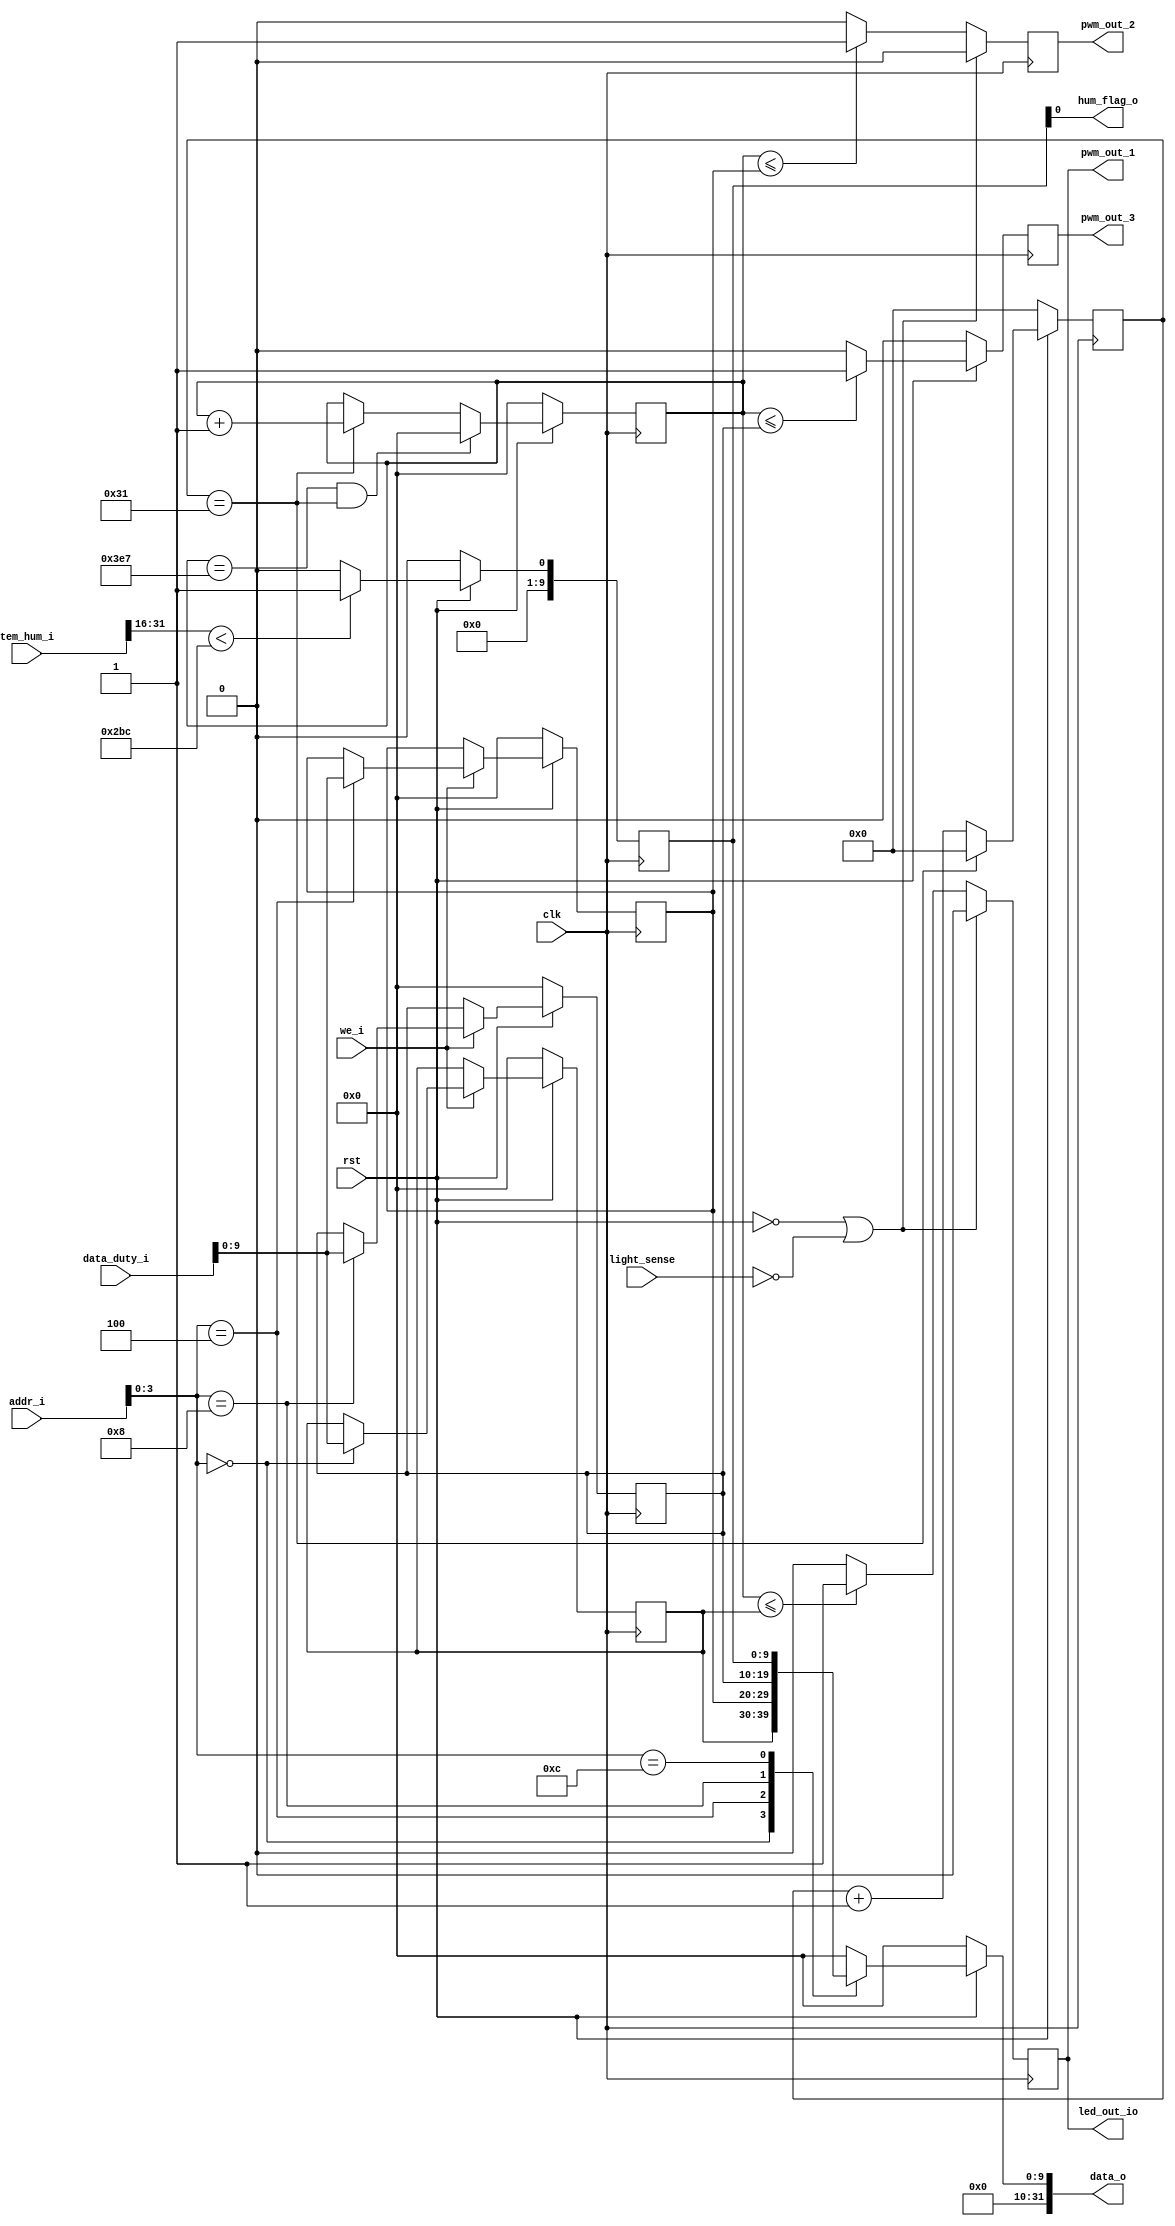
 /*                                                                      
	Created by wangsijia 2021/10/14                                        
 */
 
//`include "../core/defines.v"
 `define CpuResetAddr 32'h0

`define RstEnable 1'b0
`define RstDisable 1'b1
`define ZeroWord 32'h0
`define ZeroReg 5'h0
`define WriteEnable 1'b1
`define WriteDisable 1'b0
`define ReadEnable 1'b1
`define ReadDisable 1'b0
`define True 1'b1
`define False 1'b0
`define ChipEnable 1'b1
`define ChipDisable 1'b0
`define JumpEnable 1'b1
`define JumpDisable 1'b0
`define DivResultNotReady 1'b0
`define DivResultReady 1'b1
`define DivStart 1'b1
`define DivStop 1'b0
`define HoldEnable 1'b1
`define HoldDisable 1'b0
`define Stop 1'b1
`define NoStop 1'b0
`define RIB_ACK 1'b1
`define RIB_NACK 1'b0
`define RIB_REQ 1'b1
`define RIB_NREQ 1'b0
`define INT_ASSERT 1'b1
`define INT_DEASSERT 1'b0

`define INT_BUS 7:0
`define INT_NONE 8'h0
`define INT_RET 8'hff
`define INT_TIMER0 8'b00000001
`define INT_TIMER0_ENTRY_ADDR 32'h4

`define Hold_Flag_Bus   2:0
`define Hold_None 3'b000
`define Hold_Pc   3'b001
`define Hold_If   3'b010
`define Hold_Id   3'b011

// I type inst
`define INST_TYPE_I 7'b0010011
`define INST_ADDI   3'b000
`define INST_SLTI   3'b010
`define INST_SLTIU  3'b011
`define INST_XORI   3'b100
`define INST_ORI    3'b110
`define INST_ANDI   3'b111
`define INST_SLLI   3'b001
`define INST_SRI    3'b101

// L type inst
`define INST_TYPE_L 7'b0000011
`define INST_LB     3'b000
`define INST_LH     3'b001
`define INST_LW     3'b010
`define INST_LBU    3'b100
`define INST_LHU    3'b101

// S type inst
`define INST_TYPE_S 7'b0100011
`define INST_SB     3'b000
`define INST_SH     3'b001
`define INST_SW     3'b010

// R and M type inst
`define INST_TYPE_R_M 7'b0110011
// R type inst
`define INST_ADD_SUB 3'b000
`define INST_SLL    3'b001
`define INST_SLT    3'b010
`define INST_SLTU   3'b011
`define INST_XOR    3'b100
`define INST_SR     3'b101
`define INST_OR     3'b110
`define INST_AND    3'b111
// M type inst
`define INST_MUL    3'b000
`define INST_MULH   3'b001
`define INST_MULHSU 3'b010
`define INST_MULHU  3'b011
`define INST_DIV    3'b100
`define INST_DIVU   3'b101
`define INST_REM    3'b110
`define INST_REMU   3'b111

// J type inst
`define INST_JAL    7'b1101111
`define INST_JALR   7'b1100111

`define INST_LUI    7'b0110111
`define INST_AUIPC  7'b0010111
`define INST_NOP    32'h00000001
`define INST_NOP_OP 7'b0000001
`define INST_MRET   32'h30200073
`define INST_RET    32'h00008067

`define INST_FENCE  7'b0001111
`define INST_ECALL  32'h73
`define INST_EBREAK 32'h00100073

// J type inst
`define INST_TYPE_B 7'b1100011
`define INST_BEQ    3'b000
`define INST_BNE    3'b001
`define INST_BLT    3'b100
`define INST_BGE    3'b101
`define INST_BLTU   3'b110
`define INST_BGEU   3'b111

// CSR inst
`define INST_CSR    7'b1110011
`define INST_CSRRW  3'b001
`define INST_CSRRS  3'b010
`define INST_CSRRC  3'b011
`define INST_CSRRWI 3'b101
`define INST_CSRRSI 3'b110
`define INST_CSRRCI 3'b111

// CSR reg addr
`define CSR_CYCLE   12'hc00
`define CSR_CYCLEH  12'hc80
`define CSR_MTVEC   12'h305
`define CSR_MCAUSE  12'h342
`define CSR_MEPC    12'h341
`define CSR_MIE     12'h304
`define CSR_MSTATUS 12'h300
`define CSR_MSCRATCH 12'h340

`define RomNum 4096  // rom depth(how many words)

`define MemNum 4096  // memory depth(how many words)
`define MemBus 31:0
`define MemAddrBus 31:0

`define InstBus 31:0
`define InstAddrBus 31:0

// common regs
`define RegAddrBus 4:0
`define RegBus 31:0
`define DoubleRegBus 63:0
`define RegWidth 32
`define RegNum 32        // reg num
`define RegNumLog2 5
module pwm
    #(
    	parameter CNT_1US_MAX = 6'd49   ,
    	parameter CNT_1MS_MAX = 10'd999 
    )
    (
	input wire clk,
	input wire rst,
	
	input wire[31:0]	data_duty_i,//pwm  
	input wire[31:0]	addr_i     ,
	input wire			we_i	   ,
	//
    input wire[31:0]    tem_hum_i  ,//
	output wire         hum_flag_o ,//LED
	//
	input wire			light_sense,//
	
	
	output reg[31:0]    data_o,     //
	output reg       	pwm_out_1, 	//pwm reg_1
	output reg       	pwm_out_2, 	//pwm reg_2
	output reg       	pwm_out_3, 	//pwm reg_3
	output wire			led_out_io  //pwm wire
	);
	
	//
	localparam REG_DUTY_1 = 4'h0;
	localparam REG_DUTY_2 = 4'h4;
	localparam REG_DUTY_3 = 4'h8;
	localparam REG_HUM_FLAG = 4'hc;
	//		
	reg [5:0]   cnt_1us     ;
	reg [9:0]   cnt_1ms     ;
	reg [9:0]   duty_r_1    ; //
	reg [9:0]   duty_r_2    ; 
	reg [9:0]   duty_r_3    ; 
	reg [9:0]	hum_flag	; //
	
	//
	always@(posedge clk)
	begin
		if(rst == `RstEnable)
		begin
			duty_r_1   <= 10'd0;
			duty_r_2   <= 10'd0;
			duty_r_3   <= 10'd0;
		end else begin
			if(we_i == `WriteEnable) begin
                case (addr_i[3:0])
                    REG_DUTY_1: begin
                        duty_r_1 <= data_duty_i;
                    end
					REG_DUTY_2: begin
                        duty_r_2 <= data_duty_i;
                    end
					REG_DUTY_3: begin
                        duty_r_3 <= data_duty_i;
                    end
                endcase
			end
		end
	end
	
	//***************************** Main Code ****************************//
	//cnt_1us:1us
	always@(posedge clk)
		if(rst == 1'b0)
			cnt_1us <= 6'b0;
		else    if(cnt_1us == CNT_1US_MAX)
			cnt_1us <= 6'b0;
		else
			cnt_1us <= cnt_1us + 1'b1;
	
	//cnt_1ms:1ms
	always@(posedge clk)
		if(rst == 1'b0)
			cnt_1ms <= 10'b0;
		else    if(cnt_1ms == CNT_1MS_MAX && cnt_1us == CNT_1US_MAX)
			cnt_1ms <= 10'b0;
		else    if(cnt_1us == CNT_1US_MAX)
			cnt_1ms <= cnt_1ms + 1'b1;
	
	//always@(posedge clk or negedge rst)
	//	if(rst == 1'b0)
	//		duty_r <= 10'd0;
	//	else 
	//		duty_r <= 10'd666;//duty;

	//pwm_out_1:led
	always@(posedge clk)
		if((rst == 1'b0) || (light_sense == 1'b0))
			pwm_out_1 <= 1'b0;
		else    if( cnt_1ms <= duty_r_1 )
       // else    if( cnt_1ms <= 'd450)
			pwm_out_1 <= 1'b1;
		else
			pwm_out_1 <= 1'b0;
	assign led_out_io = pwm_out_1;
	
	//pwm_out_2:led
	always@(posedge clk)
		if((rst == 1'b0) || (light_sense == 1'b0))
			pwm_out_2 <= 1'b0;
	else    if( cnt_1ms <= duty_r_2 )
        //else    if( cnt_1ms <= 'd440 )
			pwm_out_2 <= 1'b1;
		else
			pwm_out_2 <= 1'b0;
			
	//pwm_out_3:led
	always@(posedge clk)
		if(rst == 1'b0)
			pwm_out_3 <= 1'b0;
		else    if( cnt_1ms <= duty_r_3 )
			pwm_out_3 <= 1'b1;
		else
			pwm_out_3<= 1'b0;
			
	// 
    always @ (*) begin
        if (rst == `RstEnable) begin
            data_o = `ZeroWord;
        end else begin
            case (addr_i[3:0])
				//
                REG_DUTY_1: begin
                    data_o = duty_r_1;
                end
                REG_DUTY_2: begin
                    data_o = duty_r_2;
                end
                REG_DUTY_3: begin
                    data_o = duty_r_3;
                end
                REG_HUM_FLAG: begin
                    data_o = hum_flag;
                end
                default: begin
                    data_o = `ZeroWord;
                end
            endcase
        end
    end
	
	//
	assign hum_flag_o = hum_flag[0]; 
    always@(posedge clk) begin
        if (rst == `RstEnable) begin
            hum_flag <= 10'd0;	
        end
		else if(tem_hum_i[31:16] < 16'd700)
			hum_flag <= 10'd1;
		else
			hum_flag <= 10'd0;
	end
	
endmodule